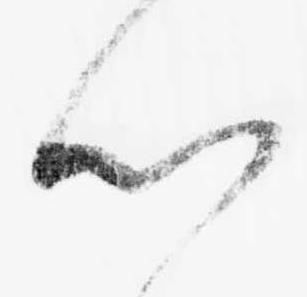
以